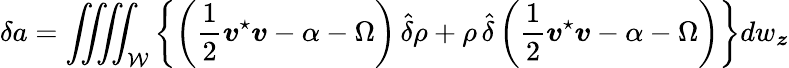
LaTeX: \delta a=\iiiint_{\mathcal W}\left\{ \left(\frac{1}{2}{\boldsymbol v}^{\star}{\boldsymbol v}-\alpha-\Omega\right)\, \hat{\delta}\rho+\rho\, \hat{\delta}\left(\frac{1}{2}{\boldsymbol v}^{\star}{\boldsymbol v}-\alpha-\Omega\right)\right\} dw_{\boldsymbol z}